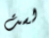
لست